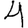
Digit: 4